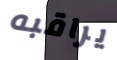
يراقبه